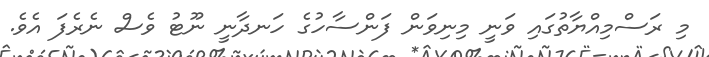
މި ރަސްމިއްޔާތުގައި ވަނީ މިނިވަން ފަންސާހުގެ ހަނދާނީ ނޫޓު ވެސް ނެރެފަ އެވެ.